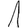
Digit: 1